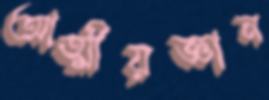
আত্মীয়জ্ঞান